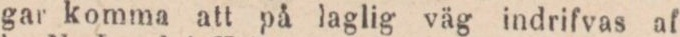
gar komma att på laglig väg indrifvas af